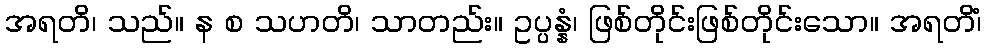
အရတိ၊ သည်။ န စ သဟတိ၊ သာတည်း။ ဥပ္ပန္နံ၊ ဖြစ်တိုင်းဖြစ်တိုင်းသော။ အရတိံ၊